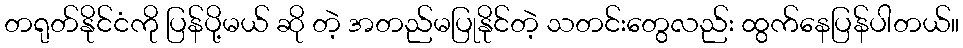
တရုတ်နိုင်ငံကို ပြန်ပို့မယ် ဆို တဲ့ အတည်မပြုနိုင်တဲ့ သတင်းတွေလည်း ထွက်နေပြန်ပါတယ်။